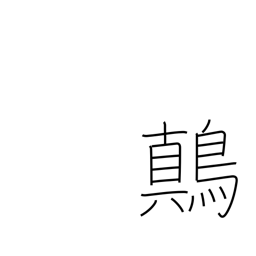
Meaning: yellow-white mottled songbird